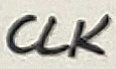
Text: CLK